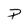
Character: P